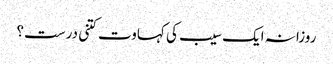
روزانہ ایک سیب کی کہاوت کتنی درست؟